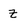
Character: Z